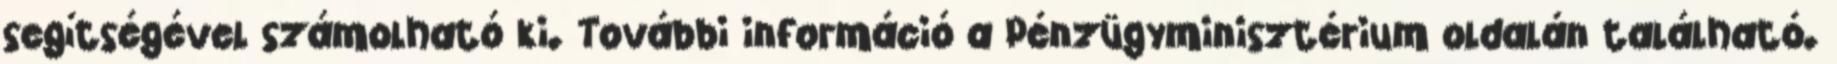
segítségével számolható ki. További információ a Pénzügyminisztérium oldalán található.